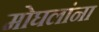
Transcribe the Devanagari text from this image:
मोघलांना